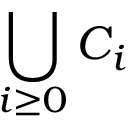
\bigcup _ { i \geq 0 } C _ { i }